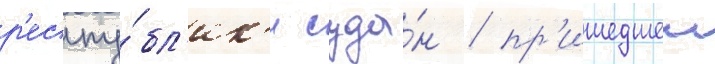
р'еспу́бл'ик'и суда́н / пр'ишедшеи